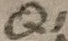
Text: Q1